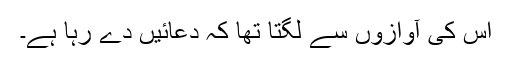
اس کی آوازوں سے لگتا تھا کہ دعائیں دے رہا ہے۔